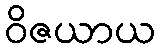
ဝိဇယာယ